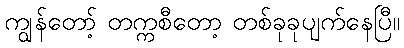
ကျွန်တော့် တက္ကစီတော့ တစ်ခုခုပျက်နေပြီ။